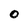
Character: 0